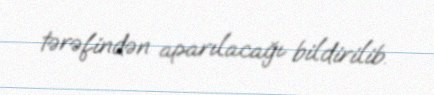
tərəfindən aparılacağı bildirilib.